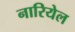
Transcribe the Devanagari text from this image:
नारियेल